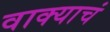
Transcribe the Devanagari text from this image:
वाक्याचं